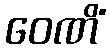
ဝေဏိံ